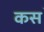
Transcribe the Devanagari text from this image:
कस॓